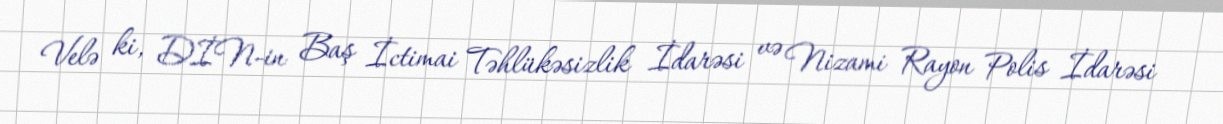
Velə ki, DİN-in Baş İctimai Təhlükəsizlik İdarəsi və Nizami Rayon Polis İdarəsi